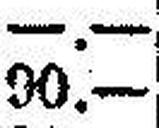
90.—